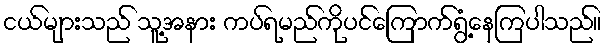
ငယ်များသည် သူ့အနား ကပ်ရမည်ကိုပင်ကြောက်ရွံ့နေကြပါသည်။